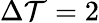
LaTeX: \Delta\mathcal{T}=2